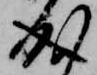
成